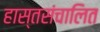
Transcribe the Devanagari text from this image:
हास्तसंचालित